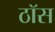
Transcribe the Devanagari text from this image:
ठॉस